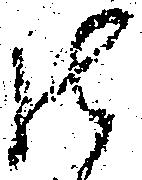
御